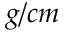
g / c m